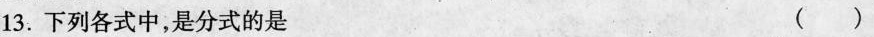
13. 下列各式中，是分式的是 ()